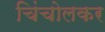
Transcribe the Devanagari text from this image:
चिंचोलकर